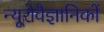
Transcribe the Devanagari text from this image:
न्यूरोवैज्ञानिकों